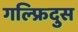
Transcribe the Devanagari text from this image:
गल्फ्रिदुस